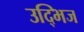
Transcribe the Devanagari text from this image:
उद्भिज